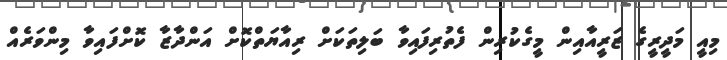
މިއީ މަދީރީގެ ޒަރީއާއިން މީގެކުރިން ފެތުރިފައިވާ ބަލިތަކަށް ރިއާޔަތްކޮށް އަންދާޒާ ކޮށްފައިވާ މިންވަރެއް